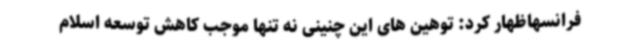
فرانسهاظهار کرد: توهین های این چنینی نه تنها موجب کاهش توسعه اسلام